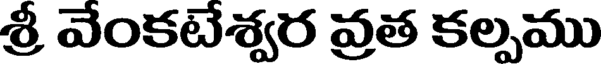
శ్రీ వేంకటేశ్వర వ్రత కల్పము